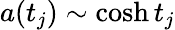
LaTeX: a(t_{j})\sim\cosh{t_{j}}